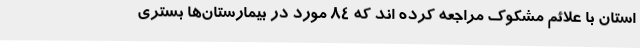
استان با علائم مشکوک مراجعه کرده اند که 84 مورد در بیمارستان‌ها بستری